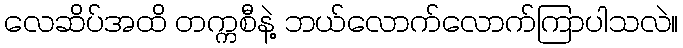
လေဆိပ်အထိ တက္ကစီနဲ့ ဘယ်လောက်လောက်ကြာပါသလဲ။